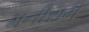
મનીરામ